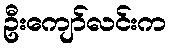
ဦးကျော်လင်းက